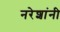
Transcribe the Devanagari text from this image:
नरेशांनी